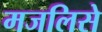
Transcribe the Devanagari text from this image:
मजलिसे